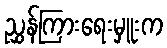
ညွှန်ကြားရေးမှူးက